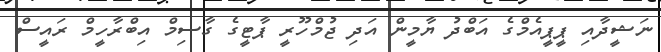
ނަޝީދާއި ޕީޕީއެމްގެ އަބްދު ޔާމީން އަދި ޖުމްހޫރީ ޕާޓީގެ ގާސިމް އިބްރާހީމް ރައީސް